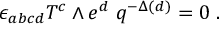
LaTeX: \; \epsilon _ { a b c d } { \cal T } ^ { c } \wedge e ^ { d } \; q ^ { - \Delta ( d ) } = 0 \; .